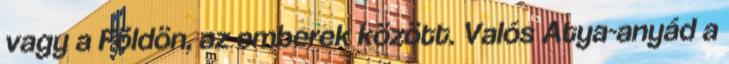
vagy a Földön, az emberek között. Valós Atya-anyád a